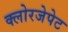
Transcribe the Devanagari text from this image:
क्लोरजेपेट